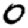
Digit: 0